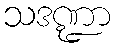
သဒဏ္ဍာ